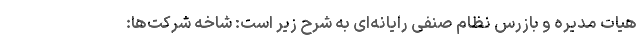
هیات مدیره و بازرس نظام صنفی رایانه‌ای به شرح زیر است: شاخه شرکت‌ها: